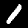
Digit: 1